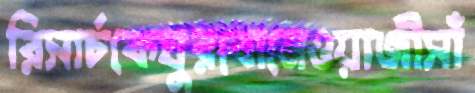
রিসার্চকেঘুরবোনেওয়াজীসাঁ